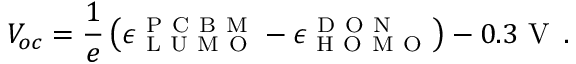
V _ { o c } = \frac { 1 } { e } \left( \epsilon _ { \mathrm { ~ L ~ U ~ M ~ O ~ } } ^ { \mathrm { ~ P ~ C ~ B ~ M ~ } } - \epsilon _ { \mathrm { ~ H ~ O ~ M ~ O ~ } } ^ { \mathrm { ~ D ~ O ~ N ~ } } \right) - 0 . 3 \mathrm { ~ V ~ } \, .